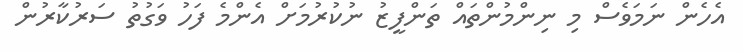
އެހެން ނަމަވެސް މި ނިންމުންތައް ތަަންފީޒު ނުކުރުމަށް އެންމެ ފަހު ވަގުތު ސަރުކާރުން